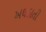
અથડાતી